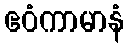
ဧဝံကာမာနံ